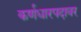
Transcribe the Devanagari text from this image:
कर्णधारपदावर